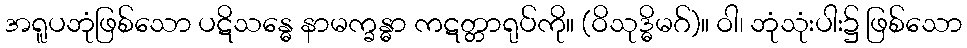
အရူပဘုံဖြစ်သော ပဋိသန္ဓေ နာမက္ခန္ဓာ ကဋတ္တာရုပ်ကို။ (ဝိသုဒ္ဓိမဂ်)။ ဝါ၊ ဘုံသုံးပါး၌ ဖြစ်သော